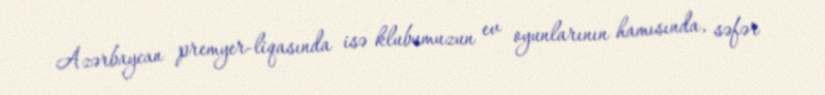
Azərbaycan premyer-liqasında isə klubumuzun ev oyunlarının hamısında, səfər